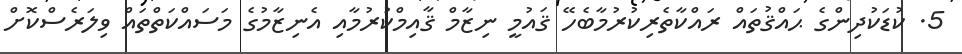
5. ކުޑަކުދިންގެ ޙައްޤުތައް ރައްކާތެރިކުރުމާބެހޭ ޤައުމީ ނިޒާމް ޤާއިމްކުރުމާއި އެނިޒާމުގެ މަސައްކަތްތައް ވިލަރެސްކޮށް